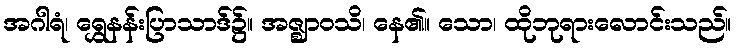
အဂါရံ၊ ရွှေနန်းပြာသာဒ်၌။ အဇ္ဈာဝသိ၊ နေ၏။ သော၊ ထိုဘုရားလောင်းသည်။